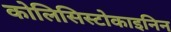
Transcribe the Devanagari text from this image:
कोलिसिस्टोकाइनिन